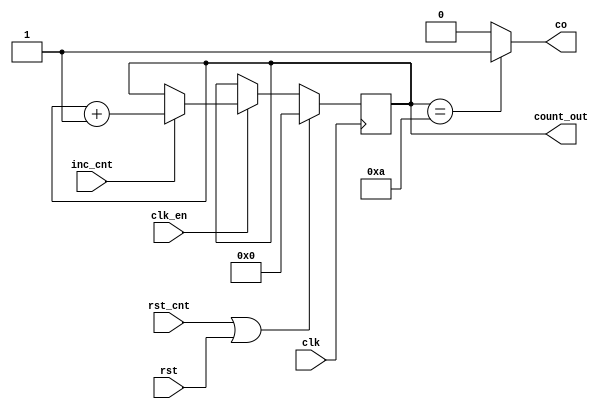
module Counter(
    clk,
    rst,
    rst_cnt,
    clk_en,
    inc_cnt,
    co,
    count_out
);
input clk,rst_cnt,clk_en,inc_cnt,rst;
output co;
output reg  [3:0] count_out;
always @(posedge clk) begin
    if(rst_cnt | rst) begin
        count_out<=4'b0; 
    end
    else begin
        if(clk_en) begin
            if(inc_cnt)  begin
                    count_out<=count_out+1;
            end
        end  
    end
end
assign co=(count_out==4'b1010) ? 1'b1 : 1'b0;
endmodule